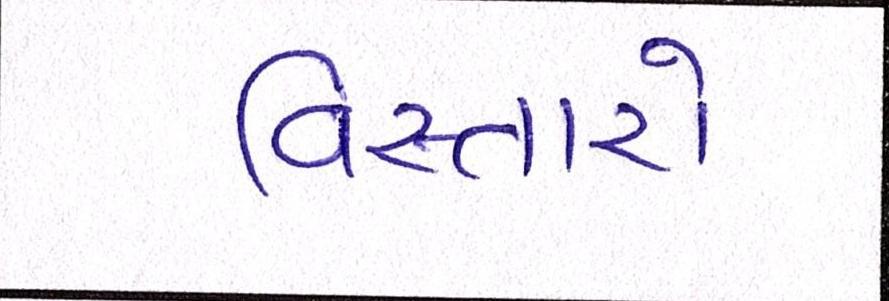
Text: વિસ્તારો